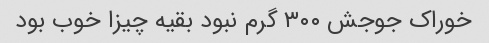
خوراک جوجش ۳۰۰ گرم نبود بقیه چیزا خوب بود